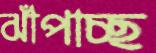
ঝাঁপাচ্ছ